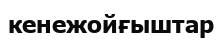
кенежойғыштар